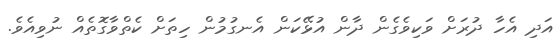
އަދި އެހާ ދުރަށް ވަކިވެގެން ދާން އުޅޭކަން އެނގުމުން ހިތަށް ކެތްވާގޮތެއް ނުވިއެވެ.